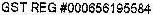
GST REG #000656195584